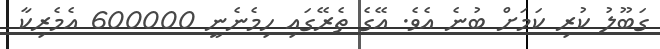
ގަބޫލު ކުރި ކަމަށް ބުނެ އެވެ. އޭގެ ތެރޭގައި ހިމެނެނީ 600000 އެމެރިކާ